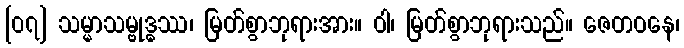
[၀၇] သမ္မာသမ္ဗုဒ္ဓဿ၊ မြတ်စွာဘုရားအား။ ဝါ၊ မြတ်စွာဘုရားသည်။ ဇေတဝနေ၊